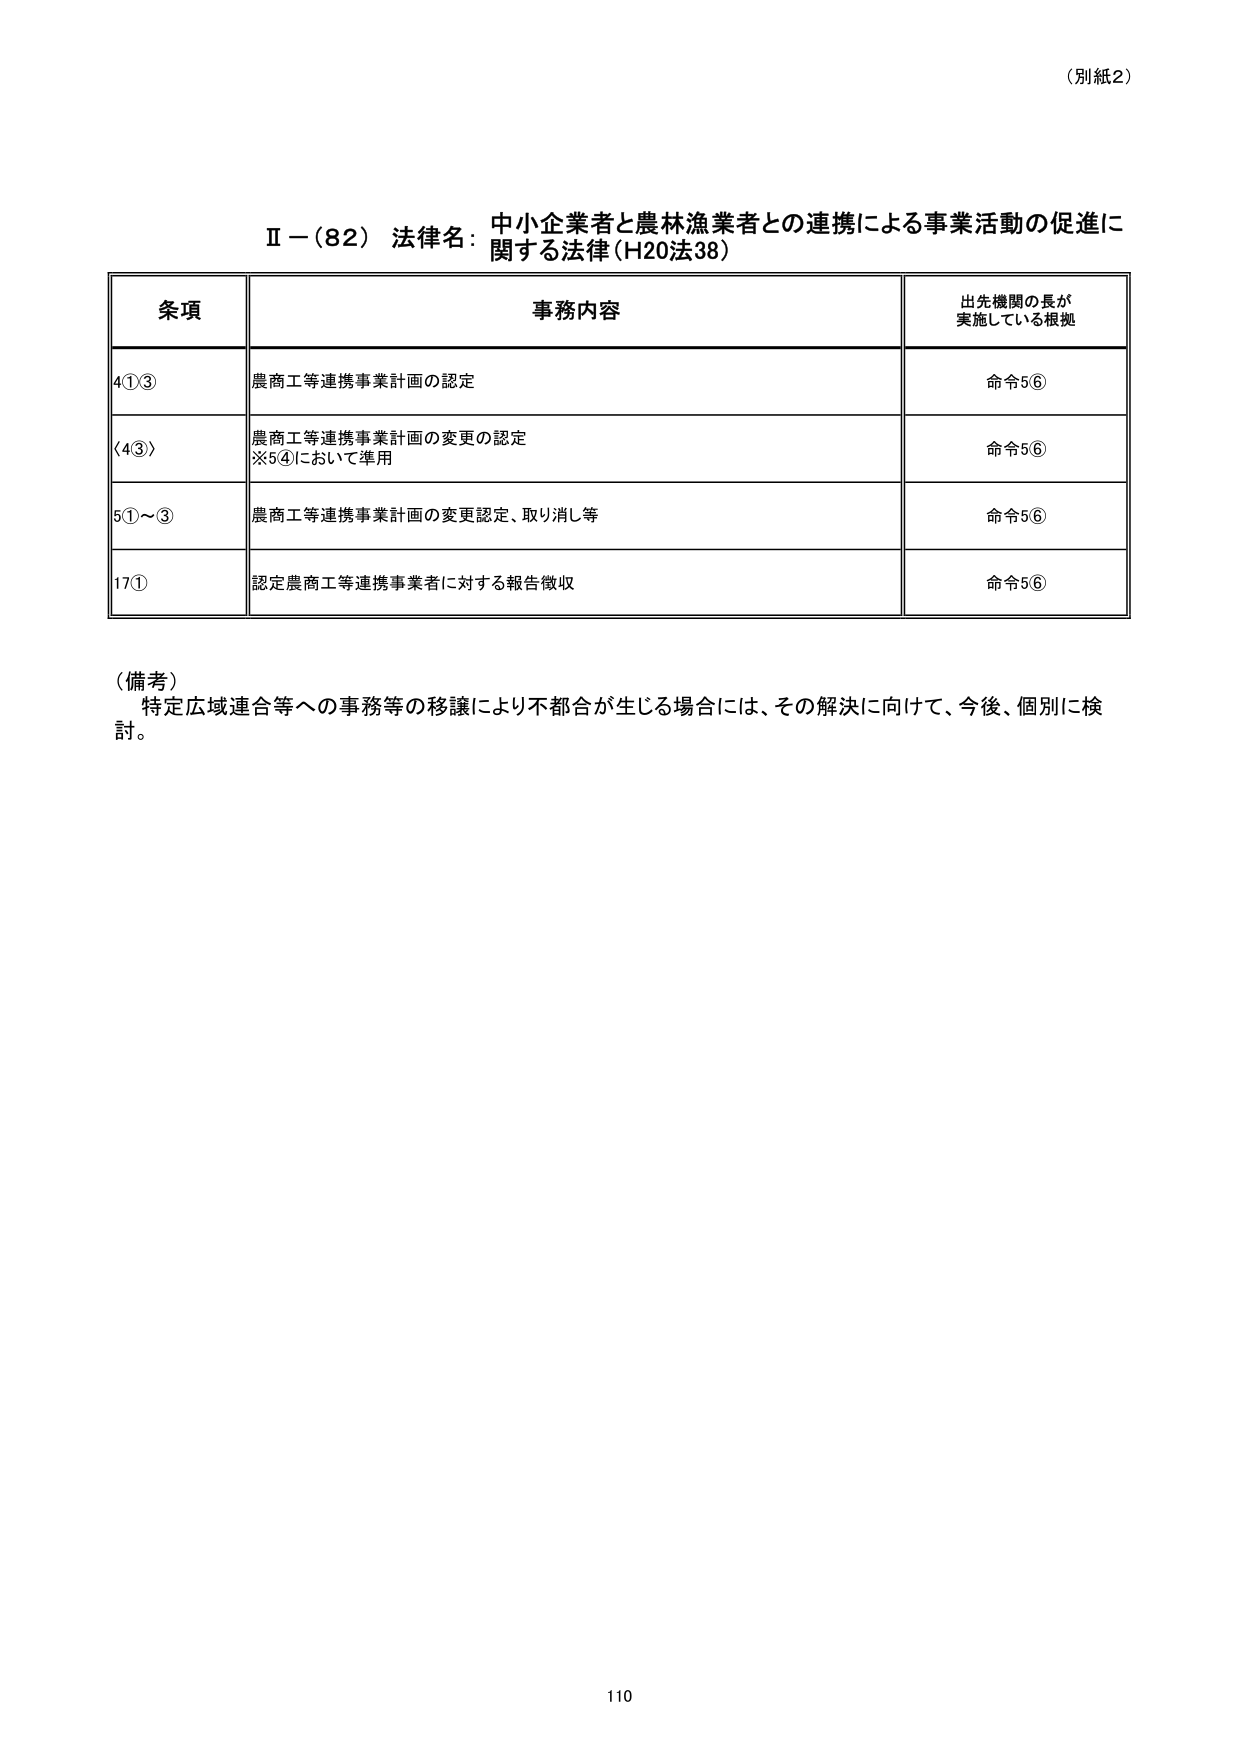
（別紙2）

Ⅱ－（82）法律名：中小企業者と農林漁業者との連携による事業活動の促進に関する法律（H20法38）

条項　　　　　　　　　　　　　事務内容　　　　　　　　　　　　　出先機関の長が実施している根拠

4①③　　　　　　　　　　　農商工等連携事業計画の認定　　　　　　　　　　　命令5⑥

〈4③〉　　　　　　　　　　農商工等連携事業計画の変更の認定　　　　　　　　命令5⑥
　　　　　　　　　　　　　※5④において準用

5①～③　　　　　　　　　　農商工等連携事業計画の変更認定、取り消し等　　　命令5⑥

17①　　　　　　　　　　　認定農商工等連携事業者に対する報告徴収　　　　　命令5⑥

（備考）
特定広域連合等への事務等の移譲により不都合が生じる場合には、その解決に向けて、今後、個別に検討。

110